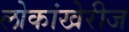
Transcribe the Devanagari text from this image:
लोकांखेरीज